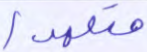
متعمدا